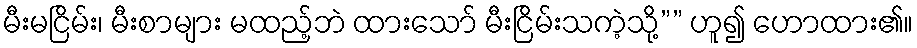
မီးမငြိမ်း၊ မီးစာများ မထည့်ဘဲ ထားသော် မီးငြိမ်းသကဲ့သို့”” ဟူ၍ ဟောထား၏။